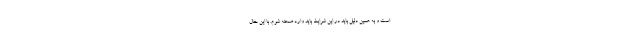
است و به همین دلیل باید در این شرایط باید وارد صحنه شوم. با این حال